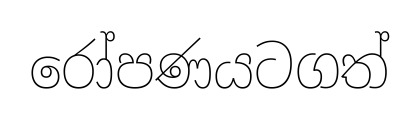
රෝපණයටගත්